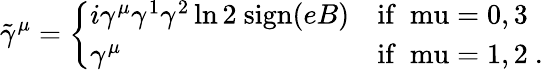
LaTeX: \tilde{\gamma}^{\mu}=\left\{ \begin{array}{ll}{{i\gamma^{\mu}\gamma^{1}\gamma^{2}\ln 2~\mathrm{sign}(eB)}}&{{\mathrm{if~\ mu=0,3~}}}\\ {{\gamma^{\mu}}}&{{\mathrm{if~\ mu=1,2~}.}}\end{array}\right.